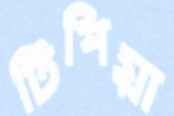
টিপিয়া